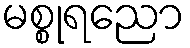
မစ္စုရညော